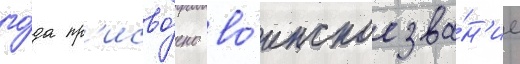
го́да пр'исво́ено во́инское зва́н'ие